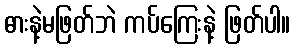
ဓားနဲ့မဖြတ်ဘဲ ကပ်ကြေးနဲ့ ဖြတ်ပါ။